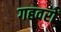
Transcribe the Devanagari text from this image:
गहवरों